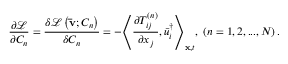
\frac { { \partial { \mathcal L } } } { { \partial { C _ { n } } } } = \frac { { \delta { \mathcal L } \left( { { \bf { \bar { v } } } ; { C _ { n } } } \right) } } { { \delta { C _ { n } } } } = - { \left\langle { \frac { { \partial T _ { i j } ^ { \left( n \right) } } } { { \partial { x _ { j } } } } , \bar { u } _ { i } ^ { \dag } } \right\rangle _ { { \bf { x } } , t } } , \; \left( { n = 1 , 2 , . . . , N } \right) .